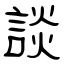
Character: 談